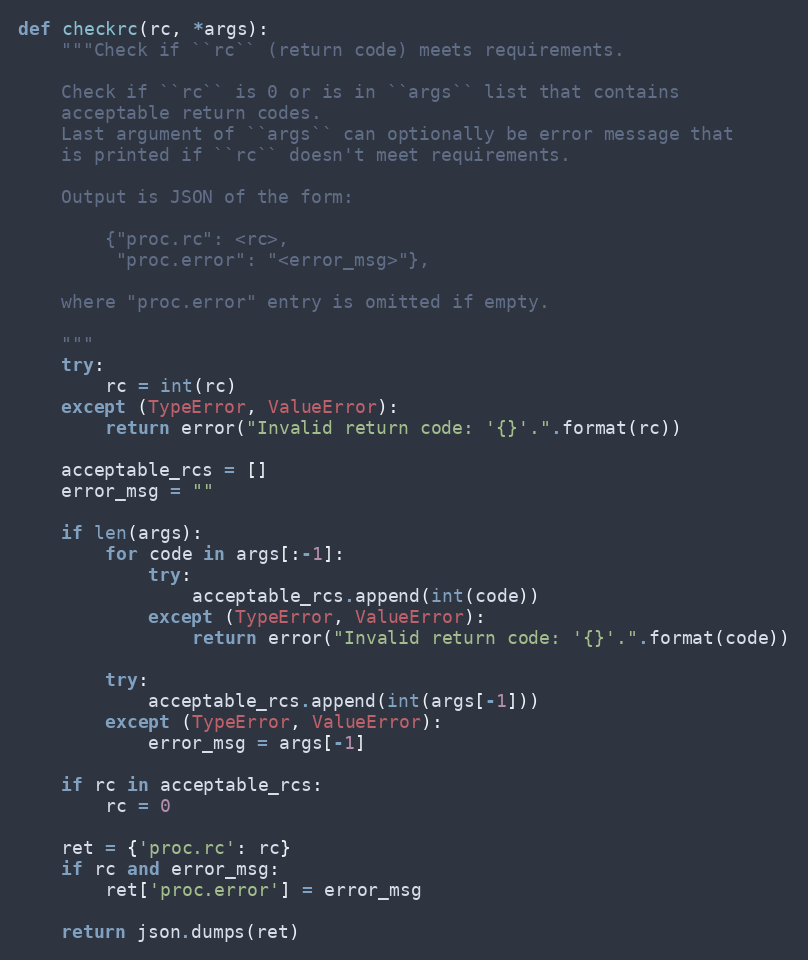
Language: Python
def checkrc(rc, *args):
    """Check if ``rc`` (return code) meets requirements.

    Check if ``rc`` is 0 or is in ``args`` list that contains
    acceptable return codes.
    Last argument of ``args`` can optionally be error message that
    is printed if ``rc`` doesn't meet requirements.

    Output is JSON of the form:

        {"proc.rc": <rc>,
         "proc.error": "<error_msg>"},

    where "proc.error" entry is omitted if empty.

    """
    try:
        rc = int(rc)
    except (TypeError, ValueError):
        return error("Invalid return code: '{}'.".format(rc))

    acceptable_rcs = []
    error_msg = ""

    if len(args):
        for code in args[:-1]:
            try:
                acceptable_rcs.append(int(code))
            except (TypeError, ValueError):
                return error("Invalid return code: '{}'.".format(code))

        try:
            acceptable_rcs.append(int(args[-1]))
        except (TypeError, ValueError):
            error_msg = args[-1]

    if rc in acceptable_rcs:
        rc = 0

    ret = {'proc.rc': rc}
    if rc and error_msg:
        ret['proc.error'] = error_msg

    return json.dumps(ret)